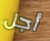
أجل